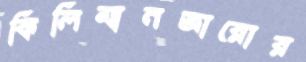
কিলিমানজারোর